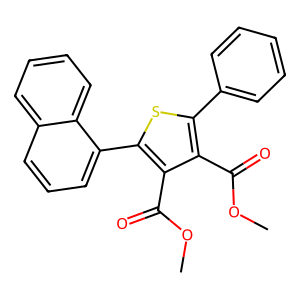
SMILES: COC(=O)c1c(-c2ccccc2)sc(-c2cccc3ccccc23)c1C(=O)OC
Inhibits HIV replication: No